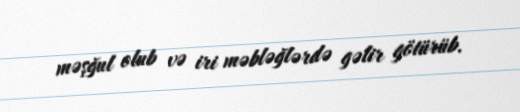
məşğul olub və iri məbləğlərdə gəlir götürüb.